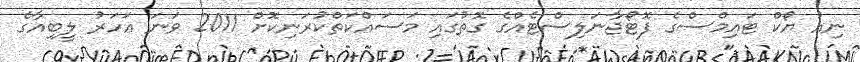
ނިއު ޔޯކް ޓައިމްސްގެ ފޮޓޯޖާނަލިސްޓެއްގެ ގޮތުގައި މަސައްކަތްކުރަނިކޮށް 2011 ވަނަ އަހަރު ލީބިއާގެ